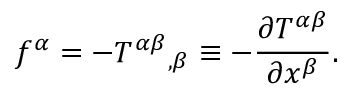
f ^ { \alpha } = - { T ^ { \alpha \beta } } _ { , \beta } \equiv - { \frac { \partial T ^ { \alpha \beta } } { \partial x ^ { \beta } } } .